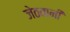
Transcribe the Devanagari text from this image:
जेठवानी